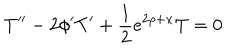
LaTeX: T ^ { \prime \prime } - 2 \phi ^ { \prime } T ^ { \prime } + \frac { 1 } { 2 } e ^ { 2 \rho + x } T = 0